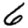
Digit: 6